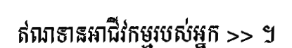
ឥណទានអាជីវកម្មរបស់អ្នក >> ។